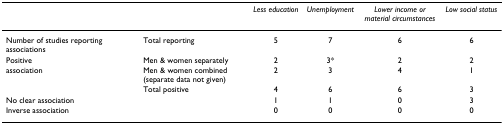
|  |  | Less education | Unemployment | Lower income or material circumstances | Low social status |
 | --- | --- | --- | --- | --- | --- |
 | Number of studies reporting associations | Total reporting | 5 | 7 | 6 | 6 |
 | Positive | Men & women separately | 2 | 3* | 2 | 2 |
 | association | Men & women combined (separate data not given) | 2 | 3 | 4 | 1 |
 |  | Total positive | 4 | 6 | 6 | 3 |
 | No clear association |  | 1 | 1 | 0 | 3 |
 | Inverse association |  | 0 | 0 | 0 | 0 |